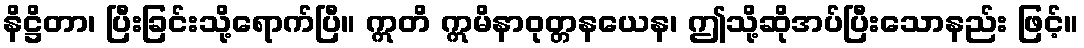
နိဋ္ဌိတာ၊ ပြီးခြင်းသို့ရောက်ပြီ။ ဣတိ ဣမိနာဝုတ္တနယေန၊ ဤသို့ဆိုအပ်ပြီးသောနည်း ဖြင့်။